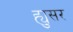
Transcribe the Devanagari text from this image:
ह्युसर